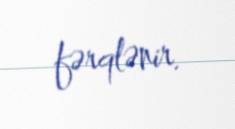
fərqlənir.